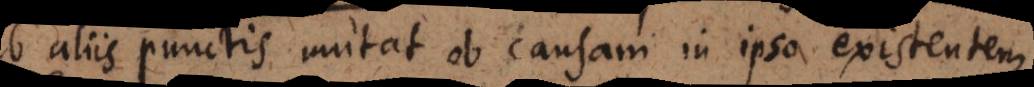
ab aliis punctis mutat ob causam in ipso existentem